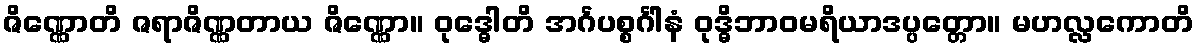
ဇိဏ္ဏောတိ ဇရာဇိဏ္ဏတာယ ဇိဏ္ဏော။ ဝုဒ္ဓေါတိ အင်္ဂပစ္စင်္ဂါနံ ဝုဒ္ဓိဘာဝမရိယာဒပ္ပတ္တော။ မဟလ္လကောတိ